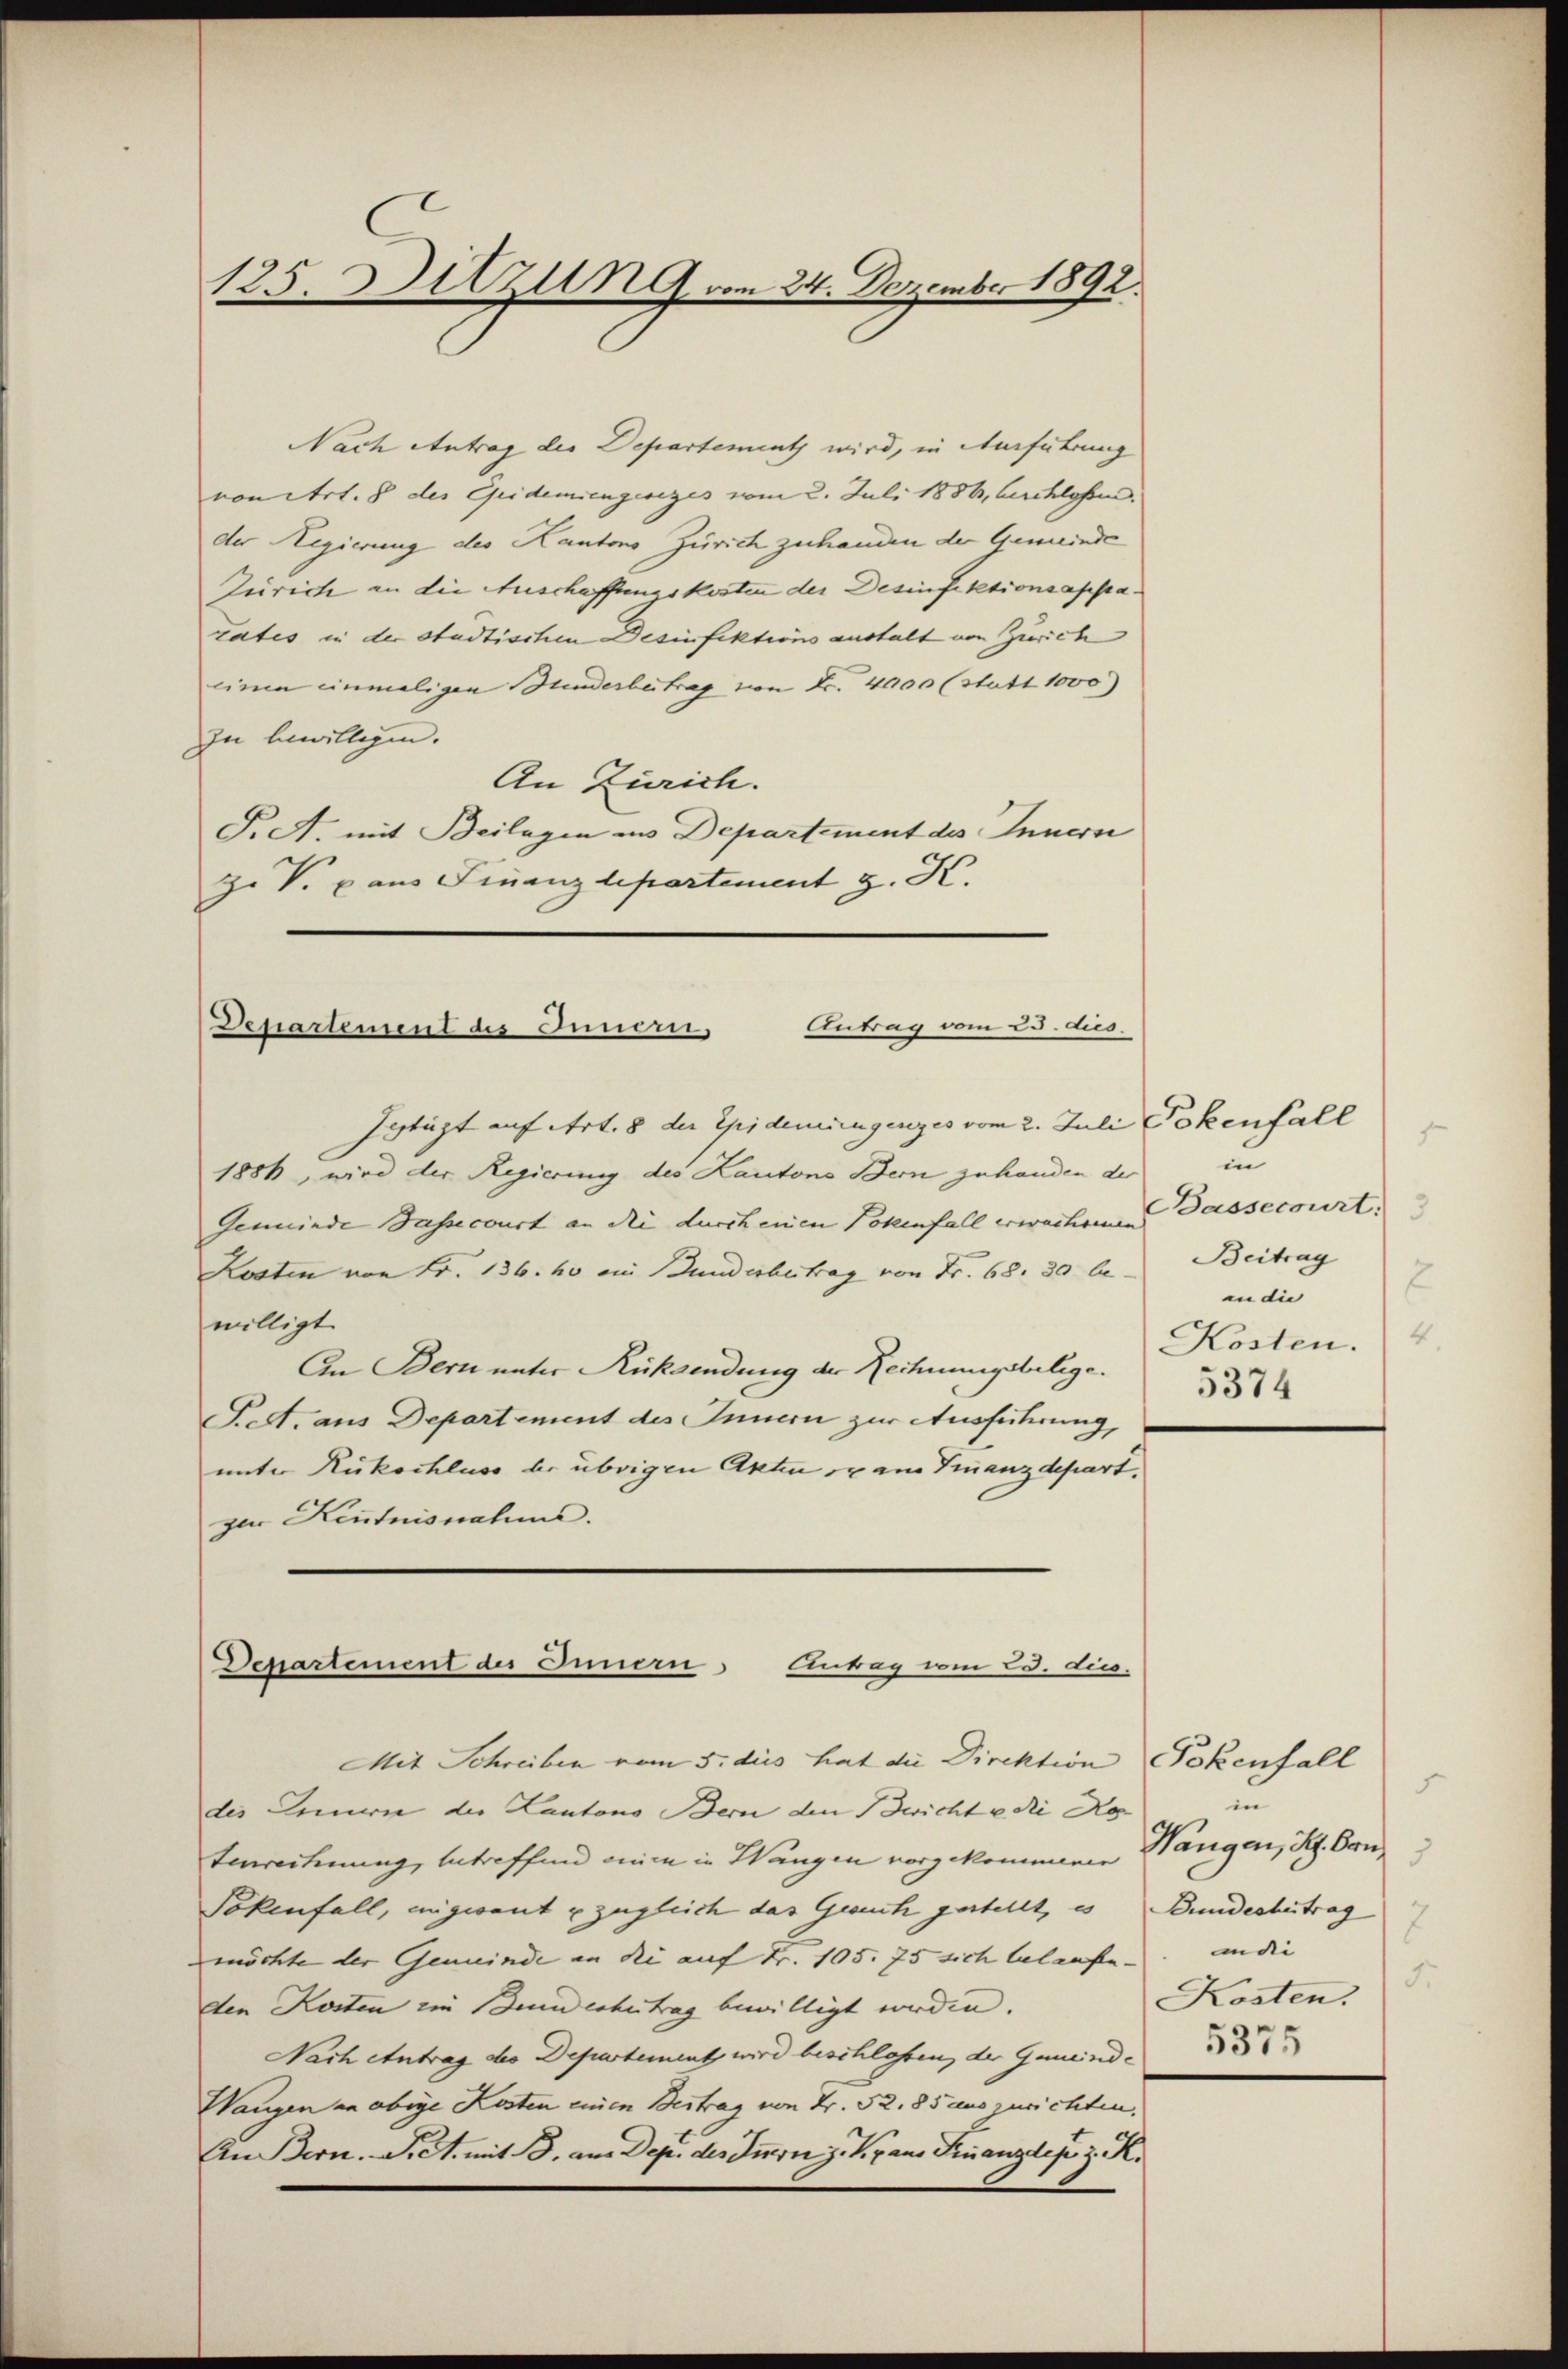
125. Sitzung vom 24. Dezember 1892.

Nach Antrag der Departement wird, in Ausführung
von Art. 8 des Quidemiengesezes vom 2. Juli 1886, beschlossen.
der Regierung des Kantons Zürich zuhanden der Gemeinde
Zürich an die Anschaffungskosten der Desinfektionsappatates in der städtischen Desinfektions austalt von Zürich
einen einmaligen Bunderbeitrag von Fr. 4000 (statt 1000)
zu bewilligen.
An Zürich.
F. A. mit Beilagen in Departement des Innern
Z. V. u. aus Finanzdepartement z. K.

Antrag vom 25. dies
Departement des Innern,

Ictüzt auf Art. 8 der Epidemiengenges vom 2. Juli Pokenfall
1886, wird der Regierung des Kantons Bern zuhanden der in
Gemeinde Bassecourt an die durch einen Pokenfall erwachsenen
Kosten von Fr. 136. 40 ein Bunderbeitrag von Fr. 68. 30 be- Beitrag
willigt.
An Bern unter Rücksendung der Rechnungsbelege.
Fett. aus Departement des Innern zur Ausführung,
unter Rückschluss be übrigen Akten er am Finanzdepart.
gur Kenntnisnahme.

Departement des Innern
Antrag vom 23. dies

1
Bassecourt: 3
E
an die |
4
Kosten.
5374

Mit Schreiben vom 5. des hat die Direktion Pokenfall
des Innern der Kantons Bern den wicht u die Re
tenrechnung, betreffend einen in Wangen vorgekommenen
Tokenfall, angesant u zugleich das Gesuch gestellt, es Bundesheitrag
möchte der Gemeinde an die auf Fr. 105. 75 sich belaufe
den Kosten ein Bunderentrag bewilligt werden.
Nach Antrag des Departementz wird beschlossen, der Gemeinde
Wangen an obige Kosten einen Bestrag von Fr. 52. 85 auszurichten,
An Bern. F. Ct. mit 3. am Dep. des Innern J. V. Jan. Finanzler z. R.

.
u
Wangen, St. Con¬
3
indi- |
5.
Kosten.